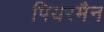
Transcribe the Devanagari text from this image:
पियरमैन